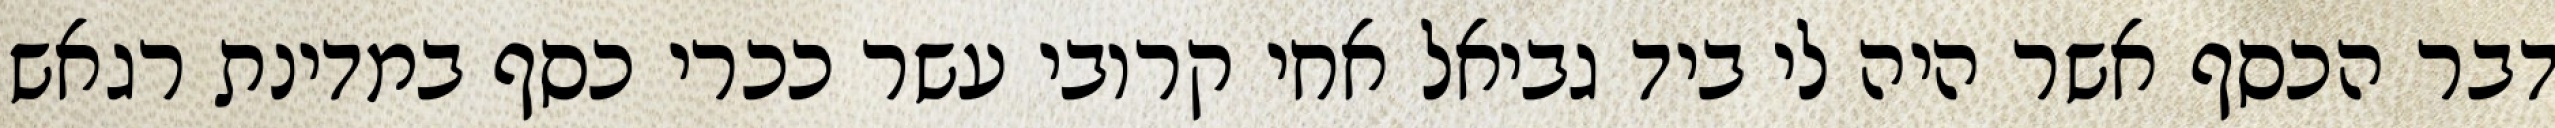
דבר הכסף אשר היה לי ביד גביאל אחי קרובי עשר ככרי כסף במדינת רגאש